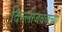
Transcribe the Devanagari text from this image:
दिल्लीजवळच्या